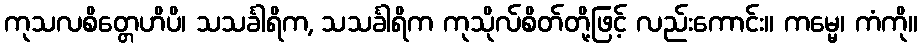
ကုသလစိတ္တေဟိပိ၊ သသင်္ခါရိက, သသင်္ခါရိက ကုသိုလ်စိတ်တို့ဖြင့် လည်းကောင်း။ ကမ္မေ၊ ကံကို။